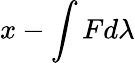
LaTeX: x-\int Fd\lambda